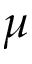
\mu